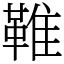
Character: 𩋘